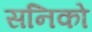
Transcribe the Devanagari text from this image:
सनिको